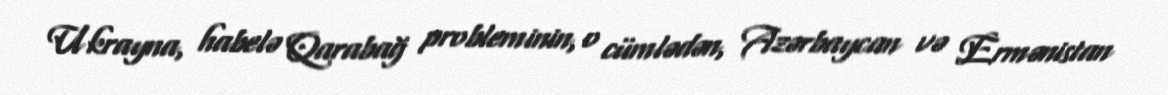
Ukrayna, habelə Qarabağ probleminin, o cümlədən, Azərbaycan və Ermənistan